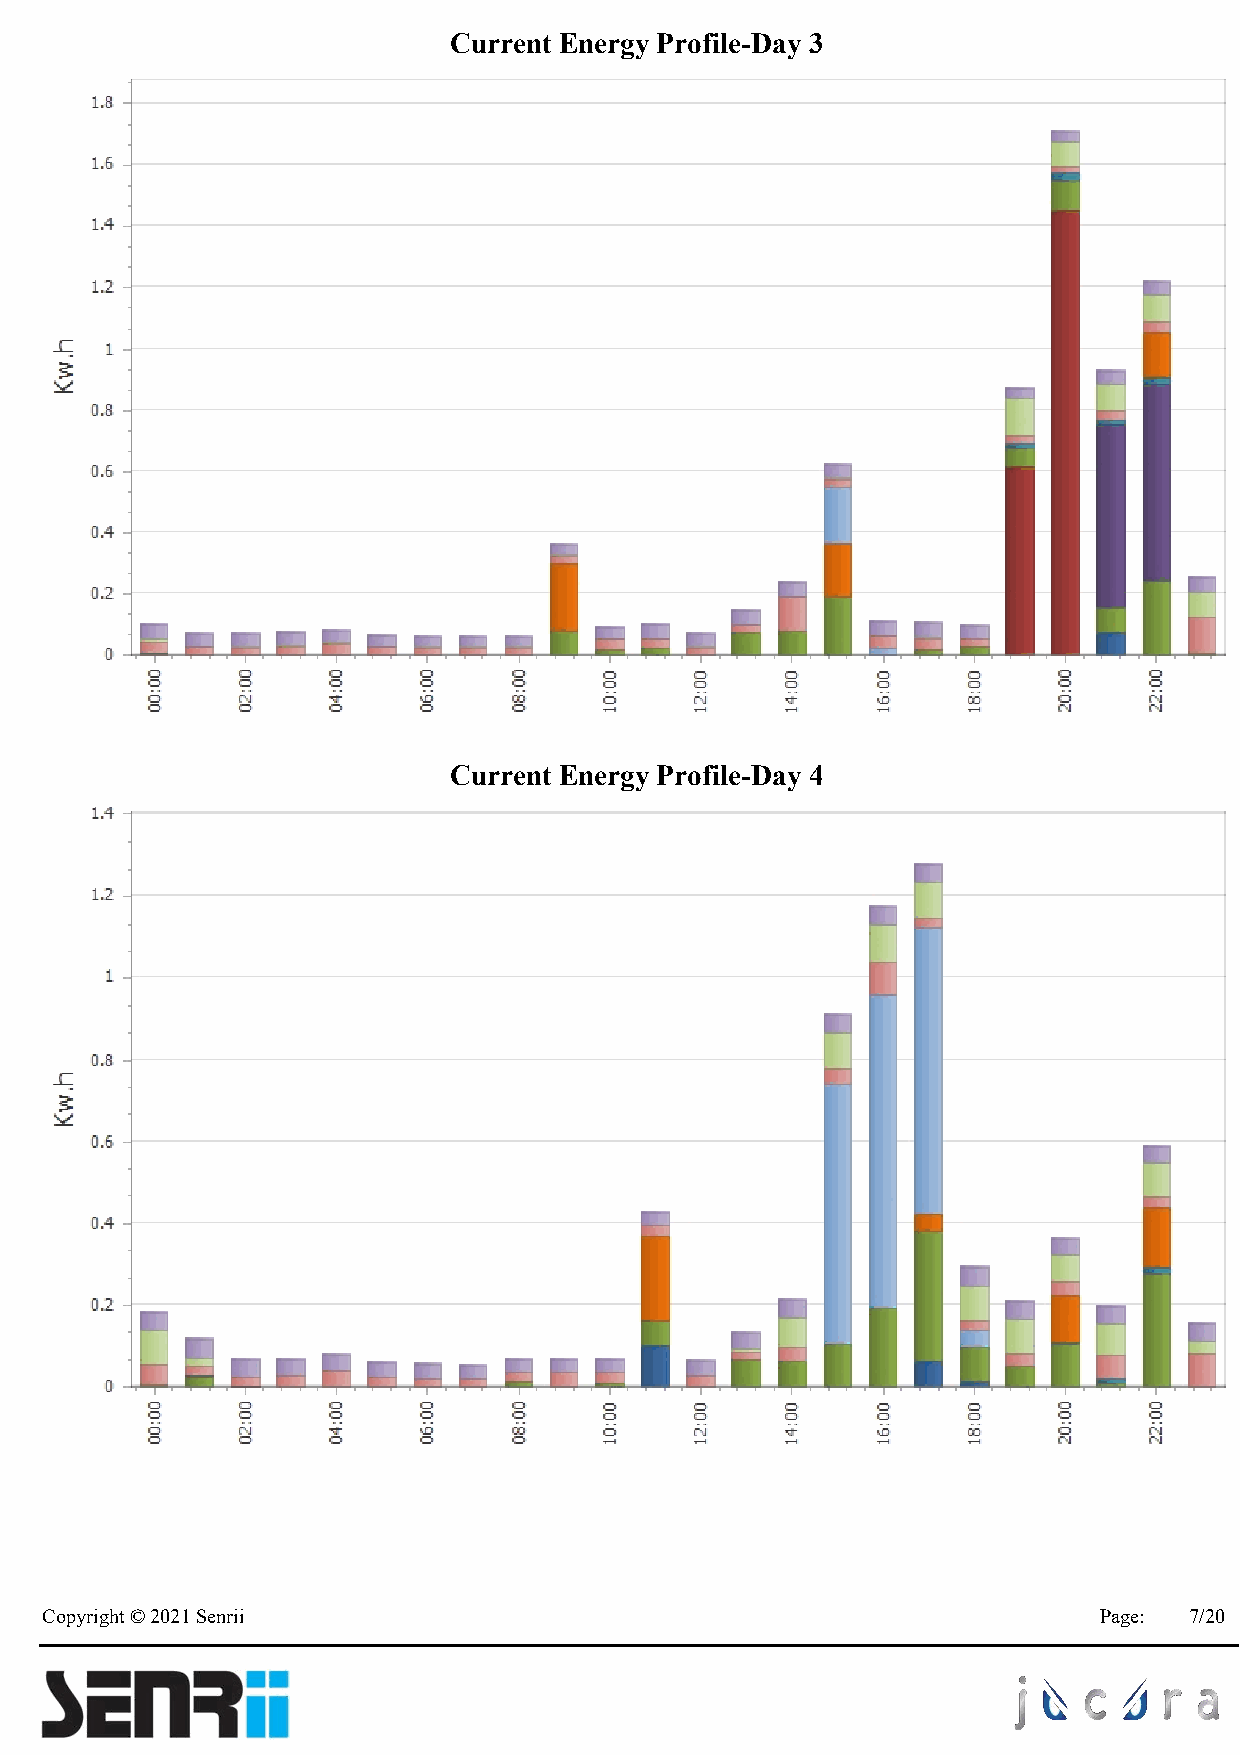
Current Energy Profile-Day 3
 Current Energy Profile-Day 4
 Copyright © 2021 Senrii                                               Page: 7/20